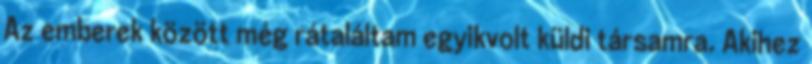
Az emberek között még rátaláltam egyikvolt küldi társamra. Akihez